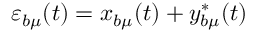
\varepsilon _ { b \mu } ( t ) = x _ { b \mu } ( t ) + y _ { b \mu } ^ { * } ( t )